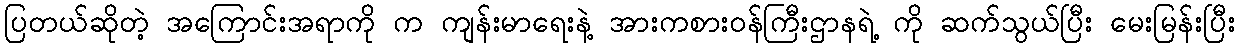
ပြတယ်ဆိုတဲ့ အကြောင်းအရာကို က ကျန်းမာရေးနဲ့ အားကစားဝန်ကြီးဌာနရဲ့ ကို ဆက်သွယ်ပြီး မေးမြန်းပြီး